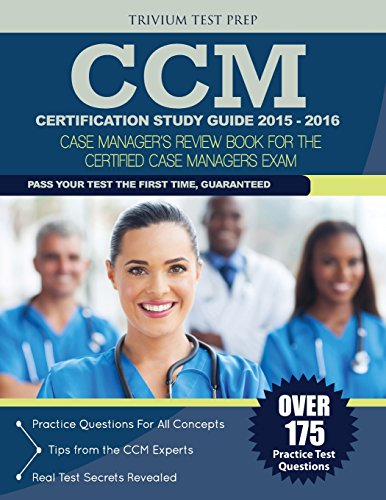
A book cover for CCM Certification Study Guide 2015-2016: Case Manager's Review Book for the Certified Case Manager Exam; Trivium Test Prep; Medical Books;